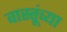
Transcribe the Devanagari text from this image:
वास्तूंच्या